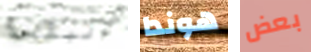
البقعة هوندا بعض